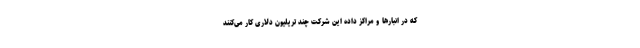
که در انبارها و مراکز داده این شرکت چند تریلیون دلاری کار می‌کنند